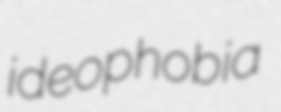
ideophobia